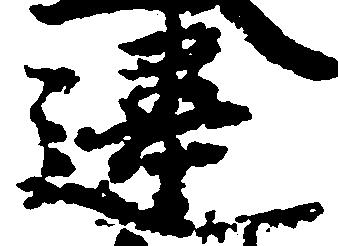
違